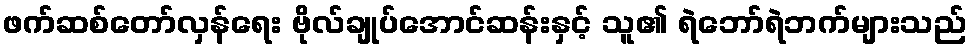
ဖက်ဆစ်တော်လှန်ရေး ဗိုလ်ချုပ်အောင်ဆန်းနှင့် သူ၏ ရဲဘော်ရဲဘက်များသည်